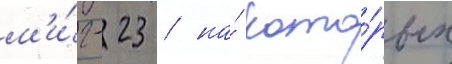
м'и́г-23 / на́ кото́рых